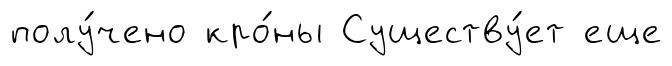
полу́чено кро́ны Существу́ет еще